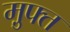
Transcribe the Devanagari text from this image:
म़ुफ्त